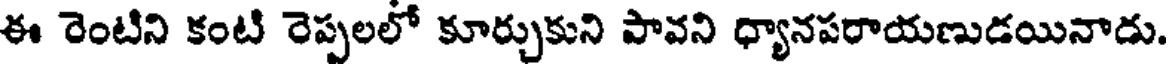
ఈ రెంటిని కంటి రెప్పలలో కూర్చుకుని పావని ధ్యానపరాయణుడయినాడు.